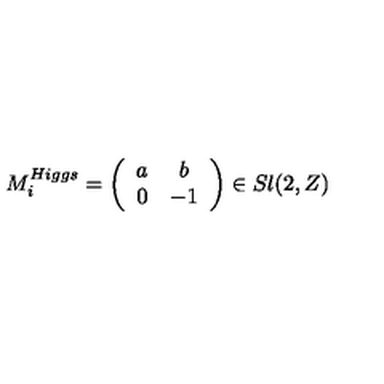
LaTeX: M _ { i } ^ { H i g g s } = \left( \begin{array} { c c } { a } & { b } \\ { 0 } & { - 1 } \\ \end{array} \right) \in S l ( 2 , Z )